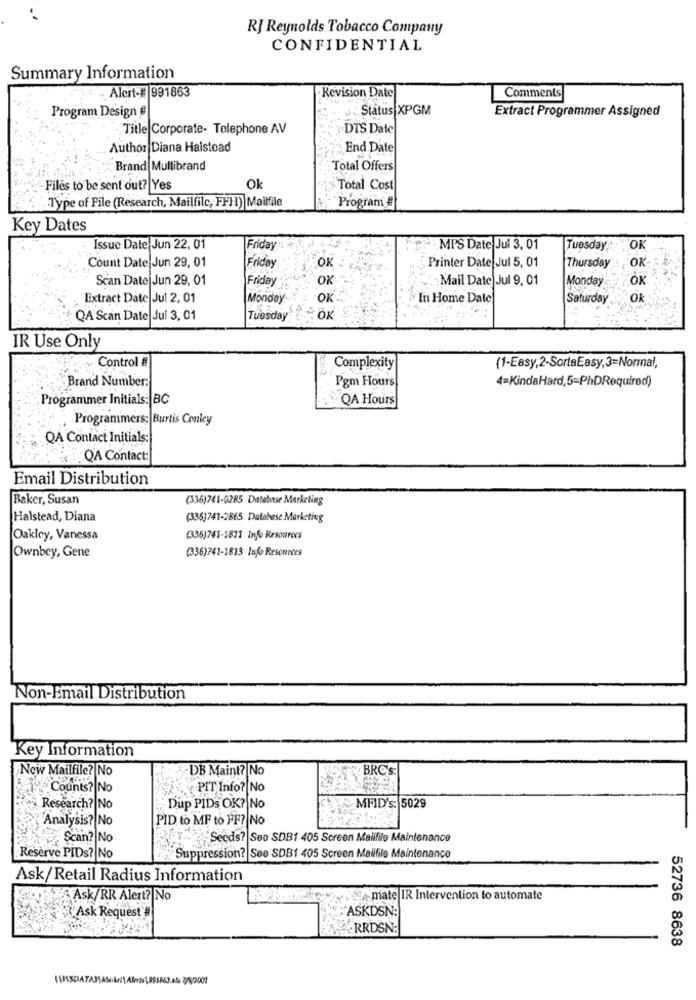
RJ Reynolds Tobacco Company
CONFIDENTIAL
Summary Information
Alert-# 991863
Revision Date
Comments
Program Design #
Status XPGM
Extract Programmer Assigned
Title Corporate- Telephone AV
DTS Date
Author Diana Halstead
End Date
Brand Multibrand
Total Offers
Files to be sent out? Yes
Ok
Total Cost
.. Type of File (Research, Mailfilc, FFH1) Mailfile
Program #
Key Dates
Issue Date Jun 22, 01
Friday
MPS Date Jul 3, 01
Tuesday
OK
Count Date Jun 29, 01
Friday
OK
Printer Date Jul 5, 01
Thursday
OK
Scan Date Jun 29, 01
Friday
OK
Mail Date Jul 9, 01
Monday
OK
Extract Date Jul 2, 01
Monday
OK
In Home Date
Saturday
QA Scan Date Jul 3, 01
Tuesday
IR Use Only
Control #
Complexity
(1-Easy,2-SortaEasy,3=Normal,
Brand Number:
Pgm Hours
4=KindaHard,5=PhDRequired)
Programmer Initials: BC
QA Hours
Programmers: Burtis Conley
QA Contact Initials:
QA Contact:
Email Distribution
Baker, Susan
(336)741-0285 Defebise Marketing
Halstead, Diana
(335)741-2865 Database Marketing
Oakley, Vanessa
(336)741-1871 Info Resourocs
(336)741-1813 Info Resources
Ownbey, Gene
Non-Email Distribution
Key Information
6666
New Mailfile? No
DB Maint? No
BRC's:
Counts? No
PIT Info? No
Research? No
Dup PIDs OK? No
MFID's: 5029
Analysis? No
PID to MF to FF? No
Scan? No
£žžž
Seeds? Seo SDB1 405 Screen Mailfile Maintenance
Reserve PIDs? No
Suppression? See SDB1 405 Screen Mailfile Maintenance
Ask/Retail Radius Information
Ask/RR Alert? No
mate IR Intervention to automate
Ask Request #
ASKDSN:
RRDSŃ:
52736 8638